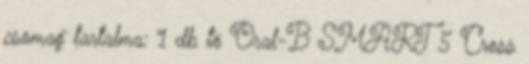
csomag tartalma: 1 db tö Oral-B SMART 5 Cross